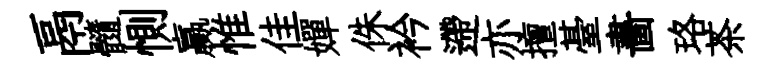
鬲髓惻贏惟佳嬋侏衿遰亦擅䑓畵珞茶